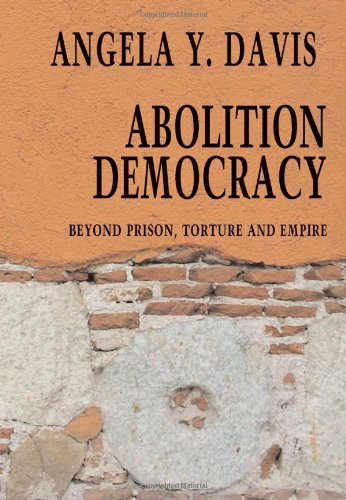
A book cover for Abolition Democracy: Beyond Empire, Prisons, and Torture (Open Media Series); Angela Y. Davis; Law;